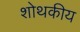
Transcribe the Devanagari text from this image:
शोथकीय